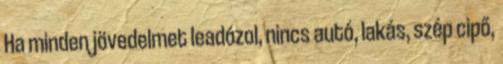
Ha minden jövedelmet leadózol, nincs autó, lakás, szép cipő,